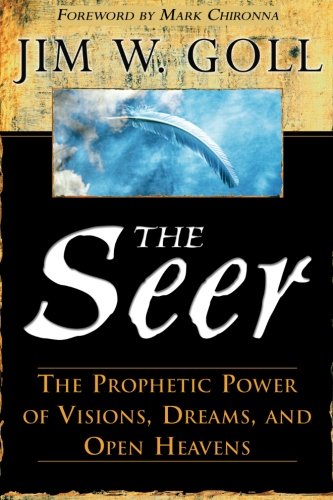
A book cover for The Seer: The Prophetic Power of Visiions, Dreams, and Open Heavens; Jim Goll; Christian Books & Bibles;